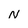
Character: N